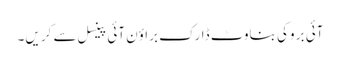
آئی بر وکی بناوٹ ڈارک براؤن آئی پینسل سے کر یں۔